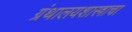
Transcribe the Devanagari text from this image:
ग्रंथालयशास्त्राचा